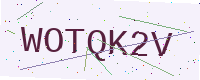
Text: WOTQK2V